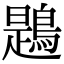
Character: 鶗